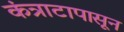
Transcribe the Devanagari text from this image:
कंत्राटापासून